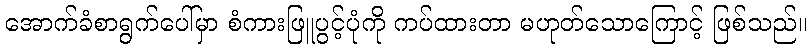
အောက်ခံစာရွက်ပေါ်မှာ စံကားဖြူပွင့်ပုံကို ကပ်ထားတာ မဟုတ်သောကြောင့် ဖြစ်သည်။